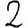
Digit: 2